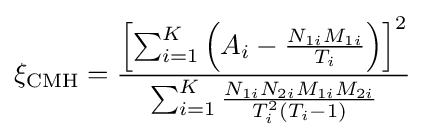
\xi _{\text{CMH}}={\frac {\left[\sum _{i=1}^{K}\left(A_{i}-{\frac {N_{1i}M_{1i}}{T_{i}}}\right)\right]^{2}}{\sum _{i=1}^{K}{N_{1i}N_{2i}M_{1i}M_{2i} \over T_{i}^{2}(T_{i}-1)}}}